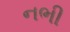
નભી